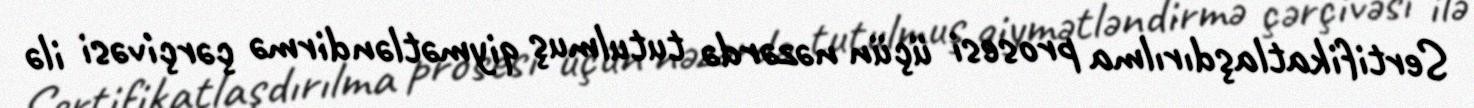
Sertifikatlaşdırılma prosesi üçün nəzərdə tutulmuş qiymətləndirmə çərçivəsi ilə